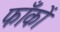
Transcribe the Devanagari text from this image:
फाँकों